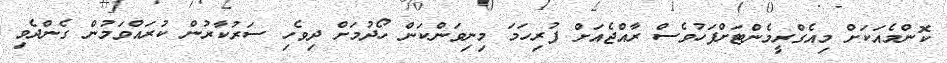
ކޮންމެއަކަށް މިއެގްރީމެންޓަށްފަހުވެސް ރާއްޖެއަށް ފުރިހަމަ މިނިވަންކަން ހޯދުމަށް ދިވެހި ސަރުކާރުން ކުރައްވަމުން ގެންދެވި